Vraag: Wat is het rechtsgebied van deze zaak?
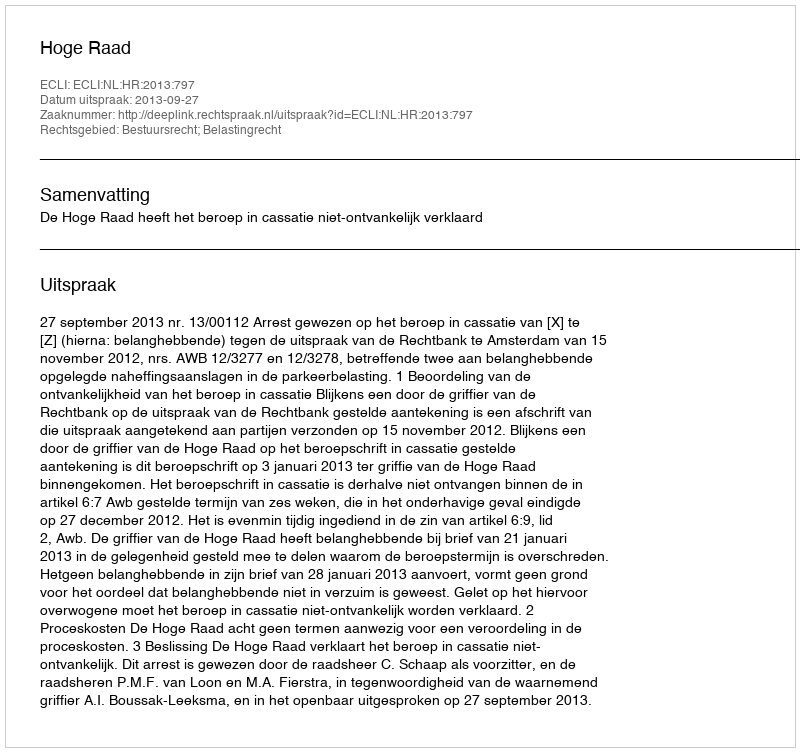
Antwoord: Bestuursrecht; Belastingrecht